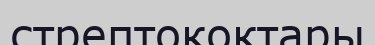
стрептококтары